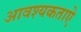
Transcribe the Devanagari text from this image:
आवश्यकताऐ